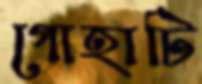
গোহাটি